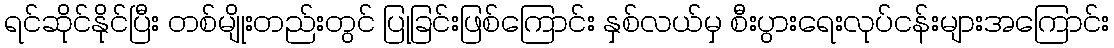
ရင်ဆိုင်နိုင်ပြီး တစ်မျိုးတည်းတွင် ပြုခြင်းဖြစ်ကြောင်း နှစ်လယ်မှ စီးပွားရေးလုပ်ငန်းများအကြောင်း